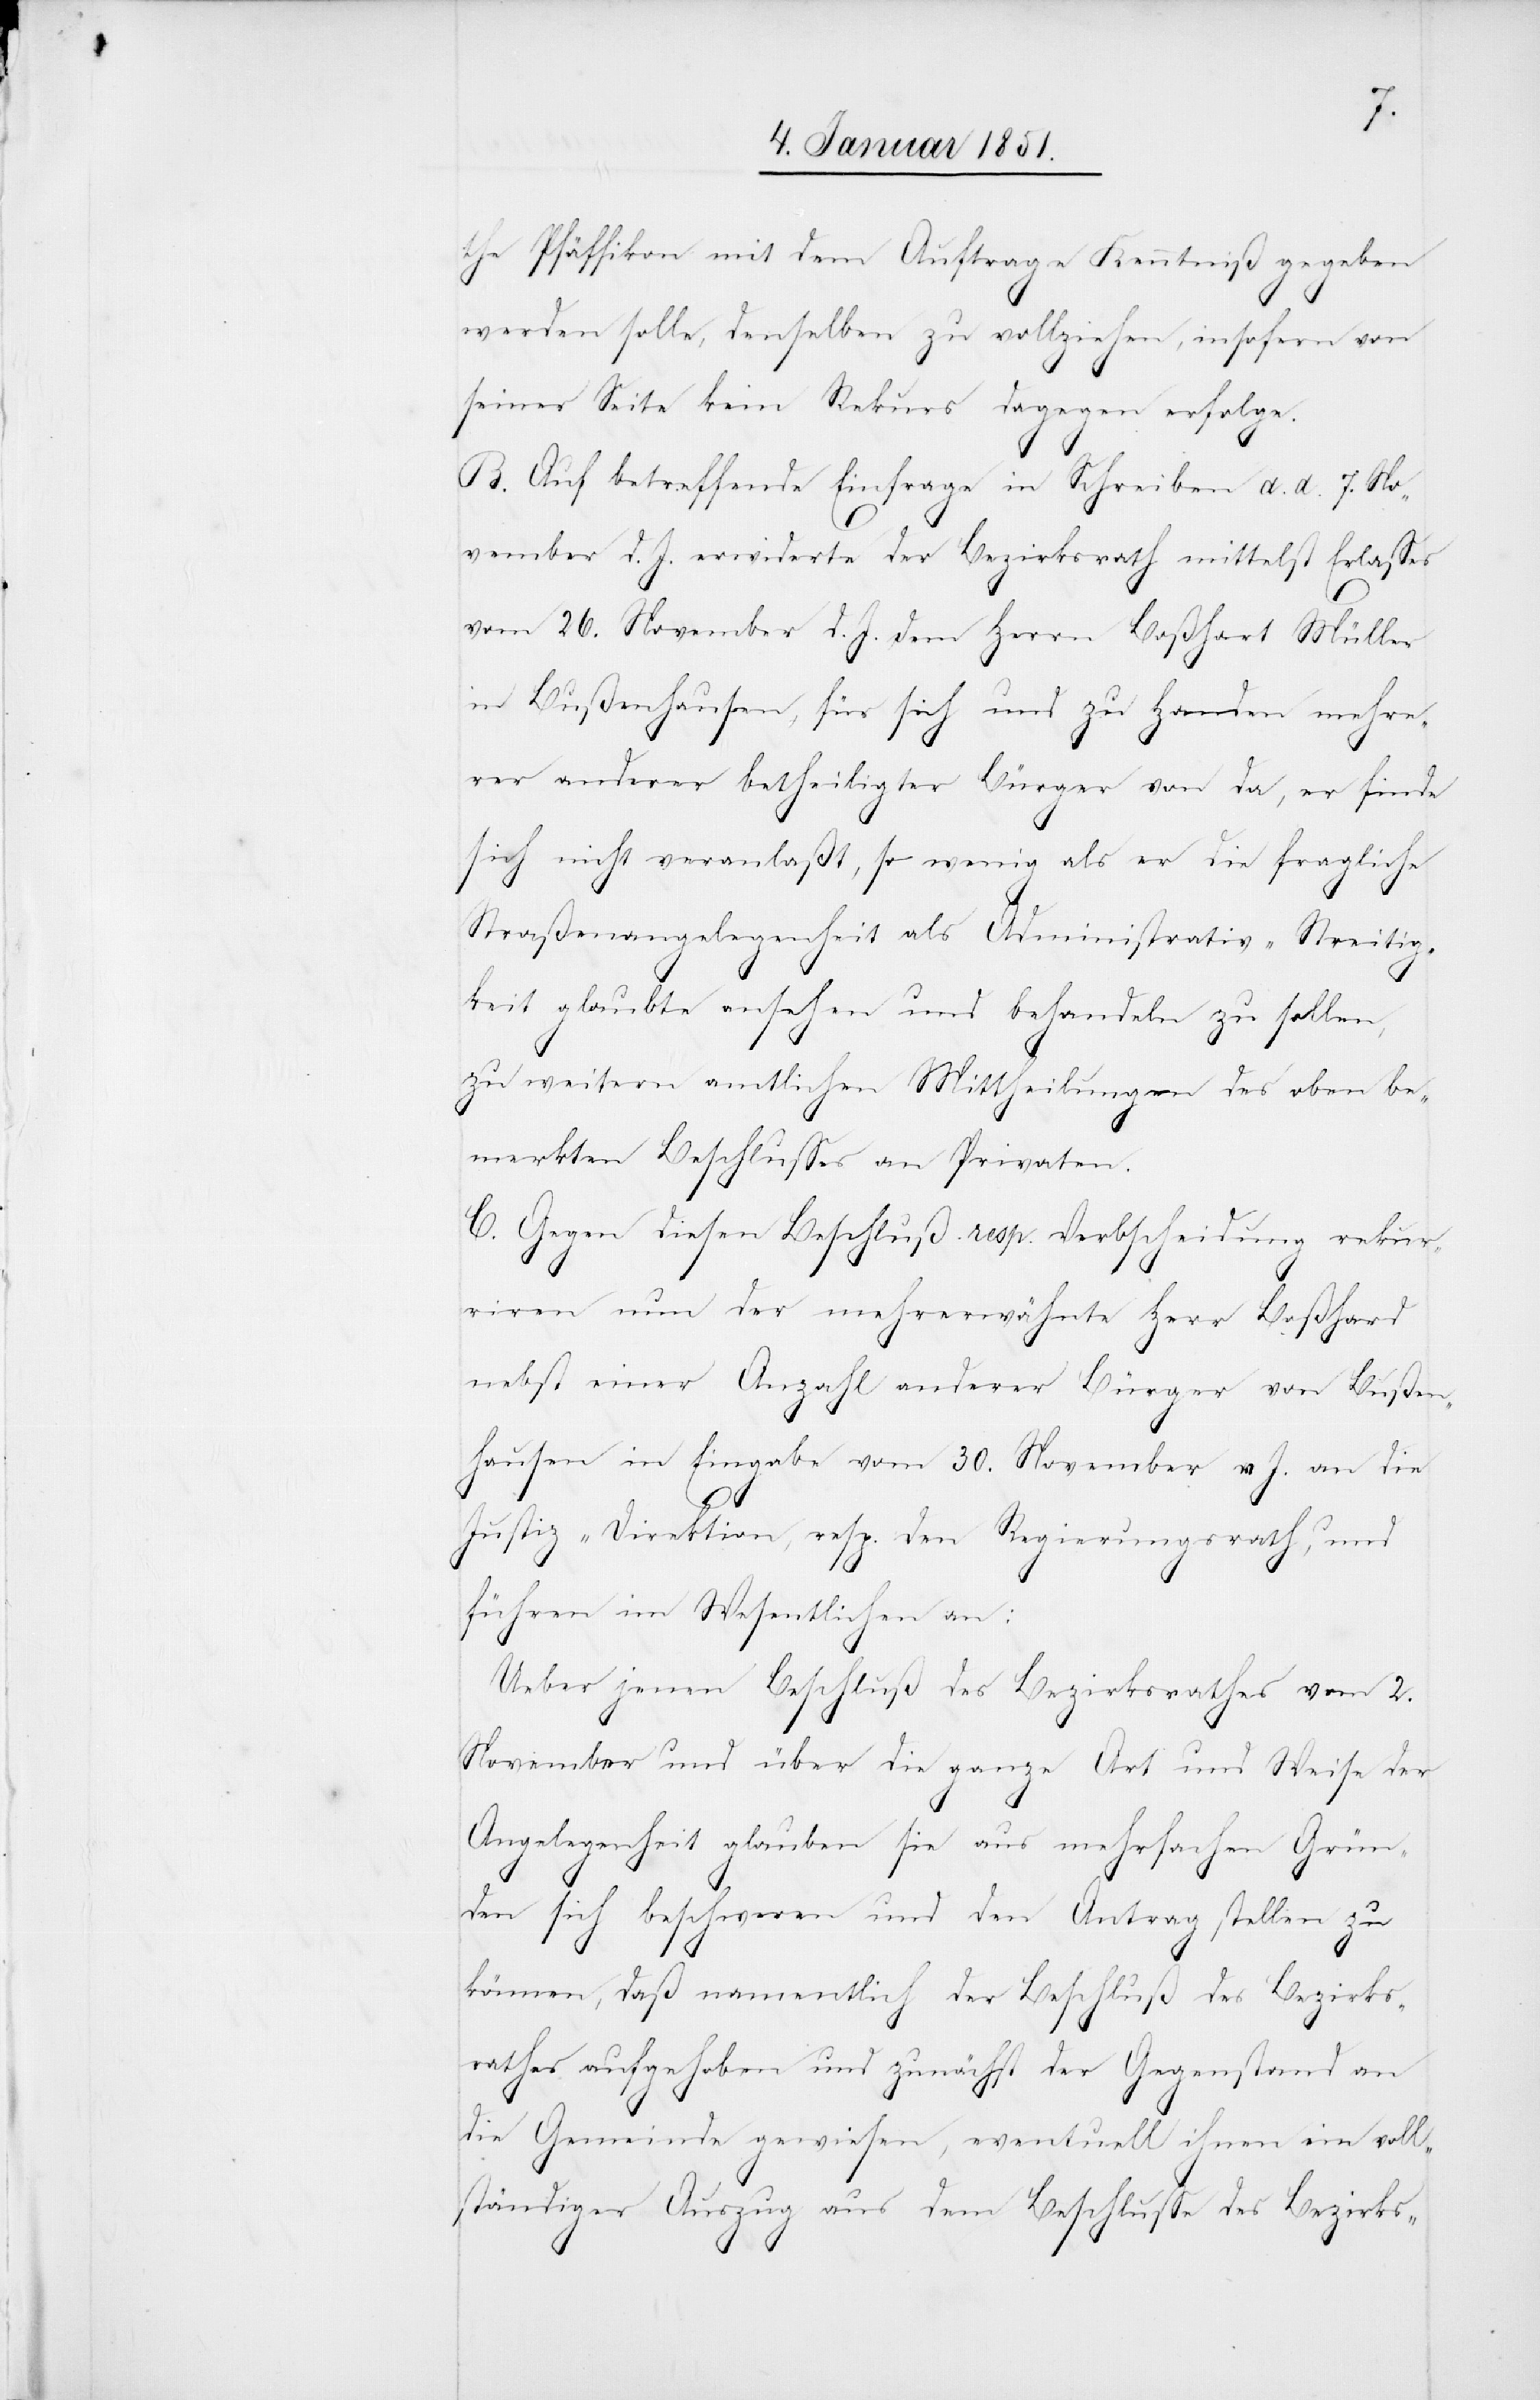
J.
the Pfäffikon mit dem Auftrage Kenntniß gegeben
werden solle, denselben zu vollziehen, insofern von
seiner Seite kein Rekurs dagegen erfolge.
B. Auf betreffende Einfrage in [recte: im] Schreiben
[recte: v. J.] erwiderte der Bezirksrath mittelst Erlasses
in Bußenhausen, für sich und zu Handen mehre¬
rer anderer betheiligter Bürger von da, er finde
sich nicht veranlaßt, so wenig als er die fragliche
Straßenangelegenheit als Administrativ-Streitig¬
keit glaubte ansehen und behandeln zu sollen,
zu weitern amtlichen Mittheilungen des oben be¬
merkten Beschlusses an Privaten.
C. Gegen diesen Beschluß resp. Verbscheidung rekur¬
J.]
riren nun der mehrerwähnte Herr Boßhard
nebst einer Anzahl anderer Bürger von Bußen¬
hausen in Eingabe vom 30. November v. J. an die
Justiz-Direktion, resp. den Regierungsrath, und
führen im Wesentlichen an:
Ueber jenen Beschluß des Bezirksrathes vom 2.
November und über die ganze Art und Weise der
v.
Angelegenheit glauben sie aus mehrfachen Grün¬
den sich beschweren und den Antrag stellen zu
können, daß namentlich der Beschluß des Bezirks¬
rathes aufgehoben und zunächst der Gegenstand an
die Gemeinde gewiesen, eventuell ihnen ein voll¬
ständiger Auszug aus dem Beschlusse des Bezirks-